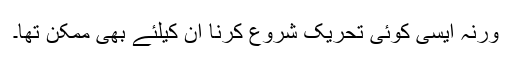
ورنہ ایسی کوئی تحریک شروع کرنا ان کیلئے بھی ممکن تھا۔